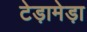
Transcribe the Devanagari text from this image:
टेड़ामेड़ा